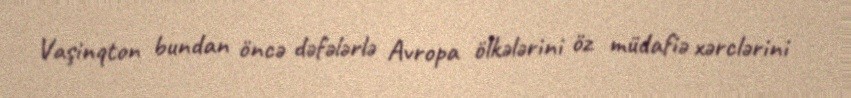
Vaşinqton bundan öncə dəfələrlə Avropa ölkələrini öz müdafiə xərclərini